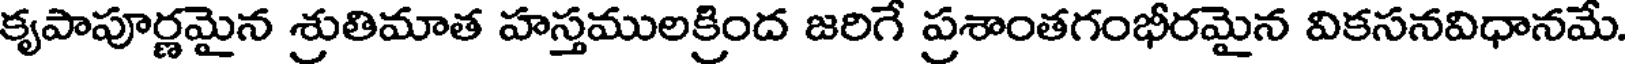
కృపాపూర్ణమైన శ్రుతిమాత హస్తములక్రింద జరిగే ప్రశాంతగంభీరమైన వికసనవిధానమే